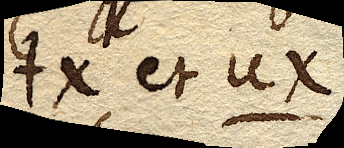
tx et ux.